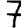
Digit: 7